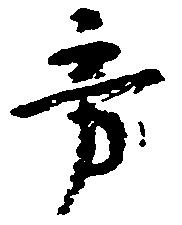
旁